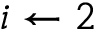
i \gets 2